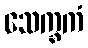
သေက္ခကံ